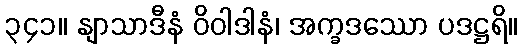
၃၄၁။ နျာသာဒီနံ ဝိဝါဒါနံ၊ အက္ခဒဿော ပဒဋ္ဌရိ။